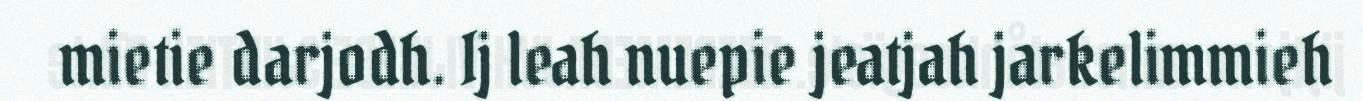
mietie darjodh. Ij leah nuepie jeatjah jarkelimmieh